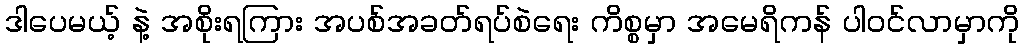
ဒါပေမယ့် နဲ့ အစိုးရကြား အပစ်အခတ်ရပ်စဲရေး ကိစ္စမှာ အမေရိကန် ပါဝင်လာမှာကို